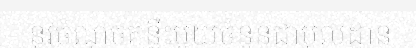
នូវចំណុចគន្លឹះមួយចំនួនជាមូលដ្ឋាន